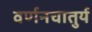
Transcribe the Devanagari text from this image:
वर्णनचातुर्य